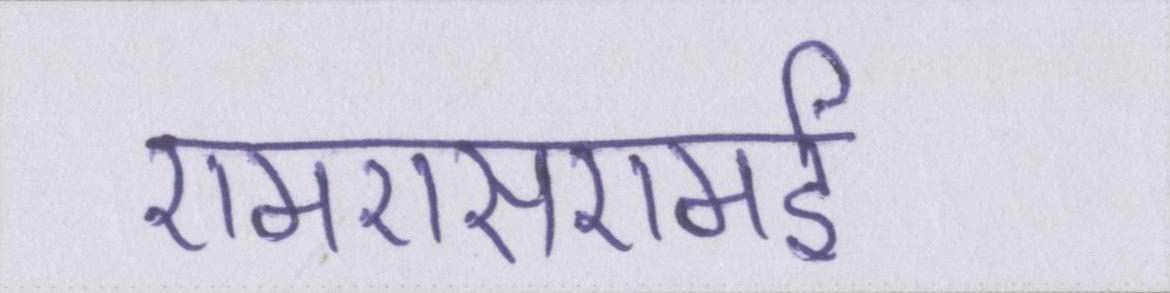
एमएसएमई